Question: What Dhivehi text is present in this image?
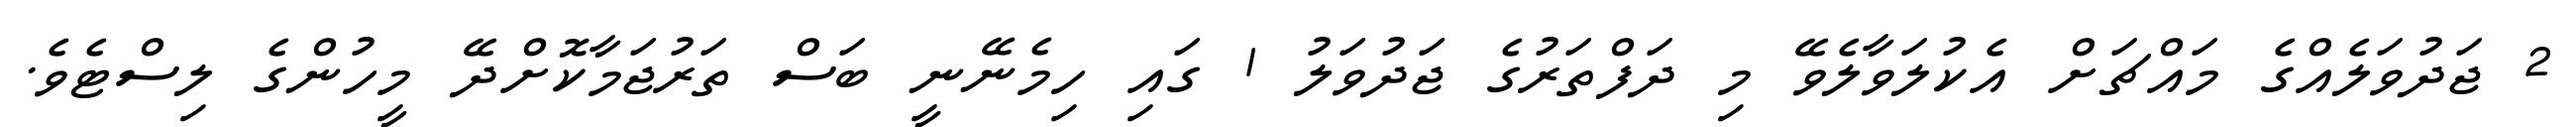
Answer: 2 ޖަދުވަލެއްގެ މައްޗަށް އެކުލަވާލެވޭ މި ދަފްތަރުގެ ޖަދުވަލު 1 ގައި ހިމެނޭނީ ބަސް ތަރުޖަމާކޮށްދޭ މީހުންގެ ލިސްޓެވެ.